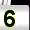
Digit: 5